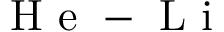
\mathrm { ~ H ~ e ~ } - \mathrm { ~ L ~ i ~ }